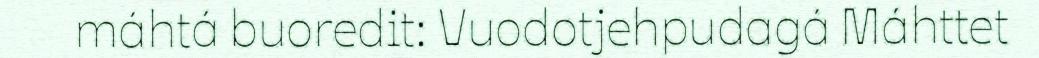
máhtá buoredit: Vuodotjehpudagá Máhttet